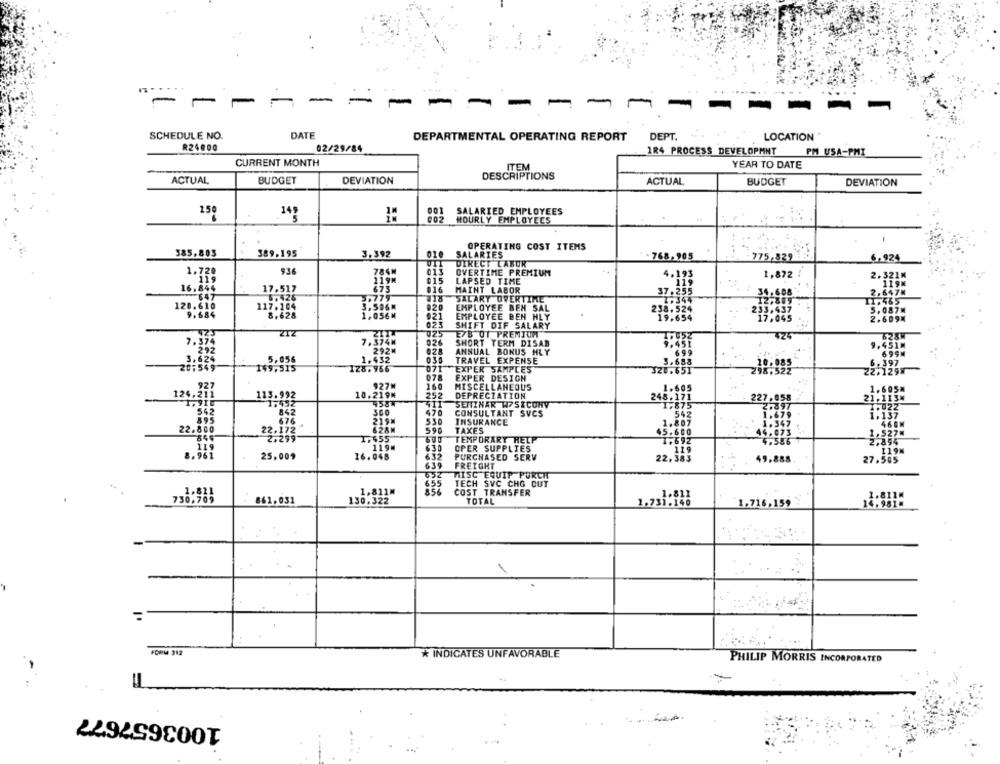
-
11
-
- -
1
-
-
SCHEDULE NO.
DATE
DEPARTMENTAL OPERATING REPORT
DEPT.
LOCATION
R24000
02/29/84
1R4 PROCESS DEVELOPMNT
PM USA-PMI
CURRENT MONTH
ITEM
YEAR TO DATE
DESCRIPTIONS
ACTUAL
BUDGET
DEVIATION
ACTUAL
BUDGET
DEVIATION
150
001 SALARIED EMPLOYEES
002
HOURLY EMPLOYEES
385,803
OPERATING COST ITEMS
389.195
3.392
SALARIES
+768.905
775,839
6.924
UIT
DIRECT LABOR
1.720
936
784M
OVERTIME PREMIUM
1,872
2.321M
015
LAPSED TIME
119
17.517
#16
MAINT LABOR
. 647N
16.844
2.779
SALARY OVERTIME
3,506M
820
.465
120.616
117:104
EMPLOYEE BEN SAL
,087M
9.684
1,056M
.21
EMPLOYEE BEN HLY
2.609.
SHIFT DIF SALARY
ZIZ
025
E/B OT PREMIUM
7.374
7,374M
026
SHORT TERM DISAB
"292
292
ANNUAL BONUS HLY
9.431
3. 624
5,056
1.432
030
TRAVEL EXPENSE
6997
10,085
6. 397
20,54;
149.515
128. 956
071 EXPER SAMPLES
298.522
22.129M
078
EXPER DESIGN
927M
160
MISCELLANEOUS
1.605
1.605M
.327
113.992
10.219M
252
DEPRECIATION
227,058
21,113%
1,452
4587
SEMINAR W?SECONV
248:19
542
842
300
470
CONSULTANT SVCS
895
676
219M
550
INSURANCE
1.137
22.800
22.172
628M
TAXES
468M
590
1.527=
2.299
1,455
TEMPORARY HELP
2,894
119M
630
OPER SUPPLIES
I19N
25,009
26.048
PURCHASED SERV
49.888
27.565
639
FREIGHT
WISC EQUIP PURCH
655
TECH SVC CHG CUT
856
.1.811M
COST TRANSFER
1.811M
730,709
861,031
130.322
TOTAL
1.731.146
1.716,159
14.9814
1
FORM 312
* INDICATES UNFAVORABLE
PHILIP MORRIS INCORPORATED
1003657677